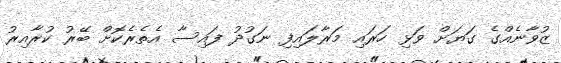
ޒުވާނެއްގެ ގަޔަށް ވަޅި ހަރައި މަރާލައިފި ނަގުދު ފައިސާ އެތެރެކޮށް ބޭރު ކުރާއިރު